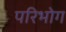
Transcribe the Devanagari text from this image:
परिभोग